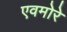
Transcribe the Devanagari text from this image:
एवमोरे